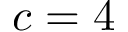
c = 4